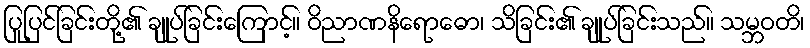
ပြုပြင်ခြင်းတို့၏ ချုပ်ခြင်းကြောင့်။ ဝိညာဏနိရောဓော၊ သိခြင်း၏ ချုပ်ခြင်းသည်။ သမ္ဘဝတိ၊